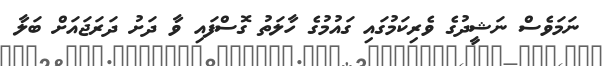
ނަމަވެސް ނަޝީދުގެ ވެރިކަމުގައި ގައުމުގެ ހާލަތު ގޮސްފައި ވާ ދަށު ދަރަޖައަށް ބަލާ